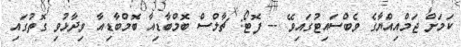
ކަމަށް ޖަމްއިއްޔާގެ ވެބްސައިޓުގައިވޭ -- ފޮޓޯ: ޗާލްސް ބޮމްބާޑިއާ ބޮމްބާޑިއާ ވިދާޅުވި ގޮތުގައި